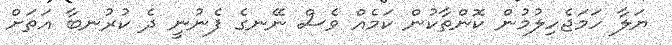
ޔަލާ ހަމަޖެހިލުމުން ކޮންތާކުން ކަމެއް ވެސް ނޭނގެ ފެނުނީ ދެ ކުރުނބާ އަތަށް